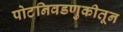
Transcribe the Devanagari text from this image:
पोटनिवडणुकीतून